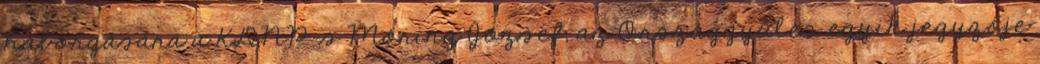
háborgására a KDNP-s Móring József, az Országgyűlés egyik jegyzője